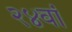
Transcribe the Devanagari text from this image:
२४वां